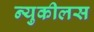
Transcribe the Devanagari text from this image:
न्युकीलस